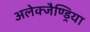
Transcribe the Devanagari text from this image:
अलेक्जैण्ड्रिया